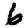
Digit: 6